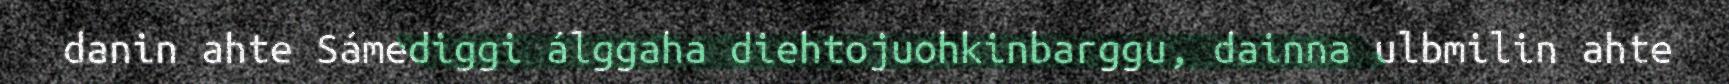
danin ahte Sámediggi álggaha diehtojuohkinbarggu, dainna ulbmilin ahte